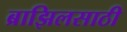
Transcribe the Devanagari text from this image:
ब्राझिलसाठी